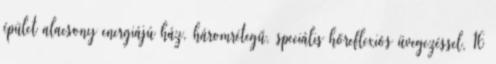
épület alacsony energiájú ház, háromrétegű, speciális hőreflexiós üvegezéssel, 16